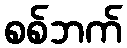
စစ်ဘက်